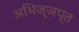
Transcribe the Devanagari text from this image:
अभिज्ञप्त